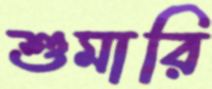
শুমারি